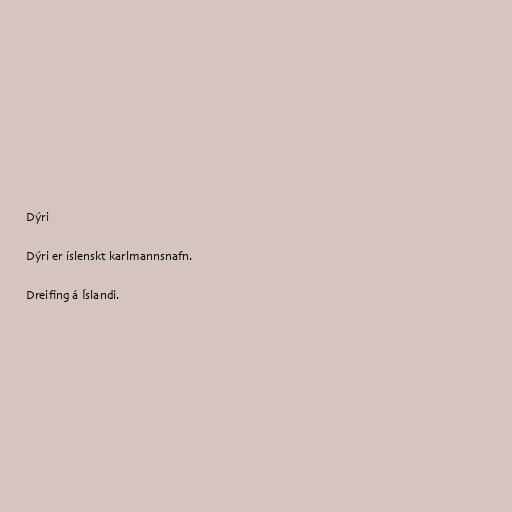
Dýri

Dýri er íslenskt karlmannsnafn.

Dreifing á Íslandi.